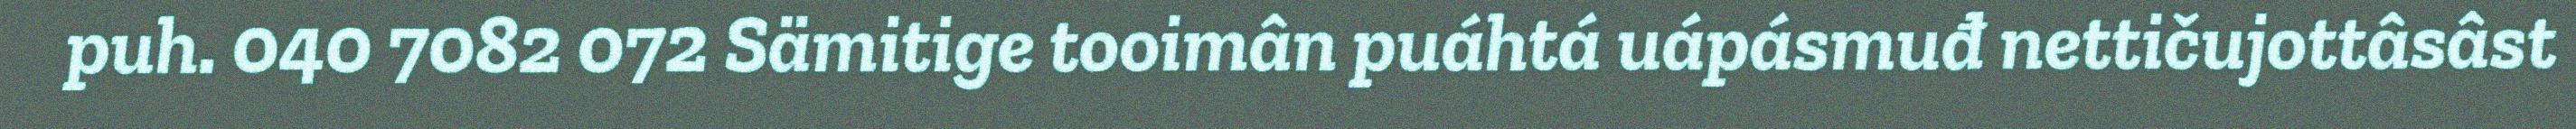
puh. 040 7082 072 Sämitige tooimân puáhtá uápásmuđ nettičujottâsâst